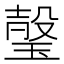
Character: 𱯏